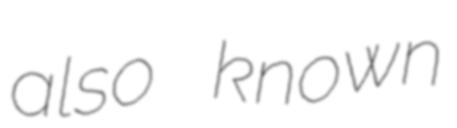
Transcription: also known